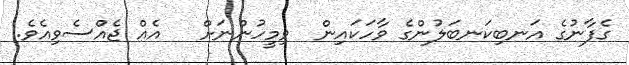
ގެފާނުގެ އަނބިކަނބަލުންގެ ވާހަކައިން  ވިމީހުންނަށް   އެއް ޖެއްސެވިއެވެ.